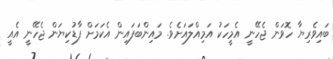
ބައިވެރިޔާ ހޮވަން ޖެހޭނީ އެމީހަކު އަމިއްލައަށެވެ. މައިންބަފައިން އެކަމަށް ފާޑުކިޔަން ޖެހޭނީ އެއީ